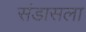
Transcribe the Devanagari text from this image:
संडासला